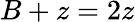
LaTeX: B+z=2z